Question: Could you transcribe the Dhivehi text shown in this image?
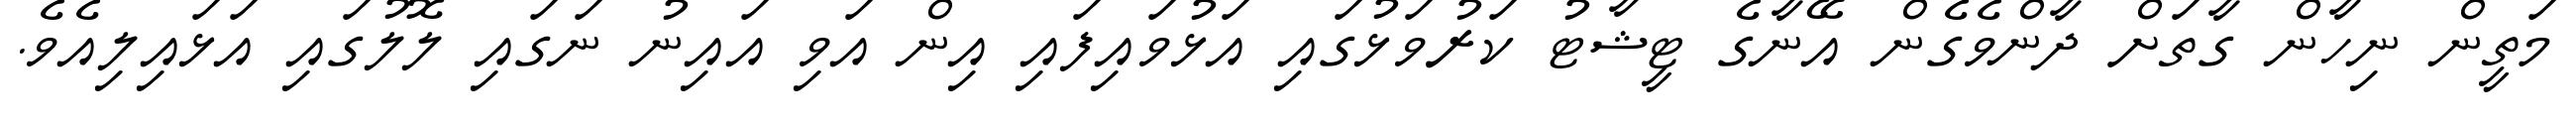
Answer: މަތީން ނިހާން ގާތަށް ދާންވެގެން އޭނާގެ ޓީޝާޓު ކަރުވަޅުގައި އަޅުވައިފައި އިން އަވި އައިނު ނަގައި ލޮލުގައި އަޅައިލިއެވެ.